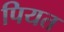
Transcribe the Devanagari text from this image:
पियत